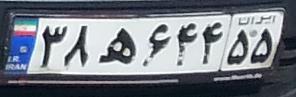
۳۸ه۶۴۴۵۵